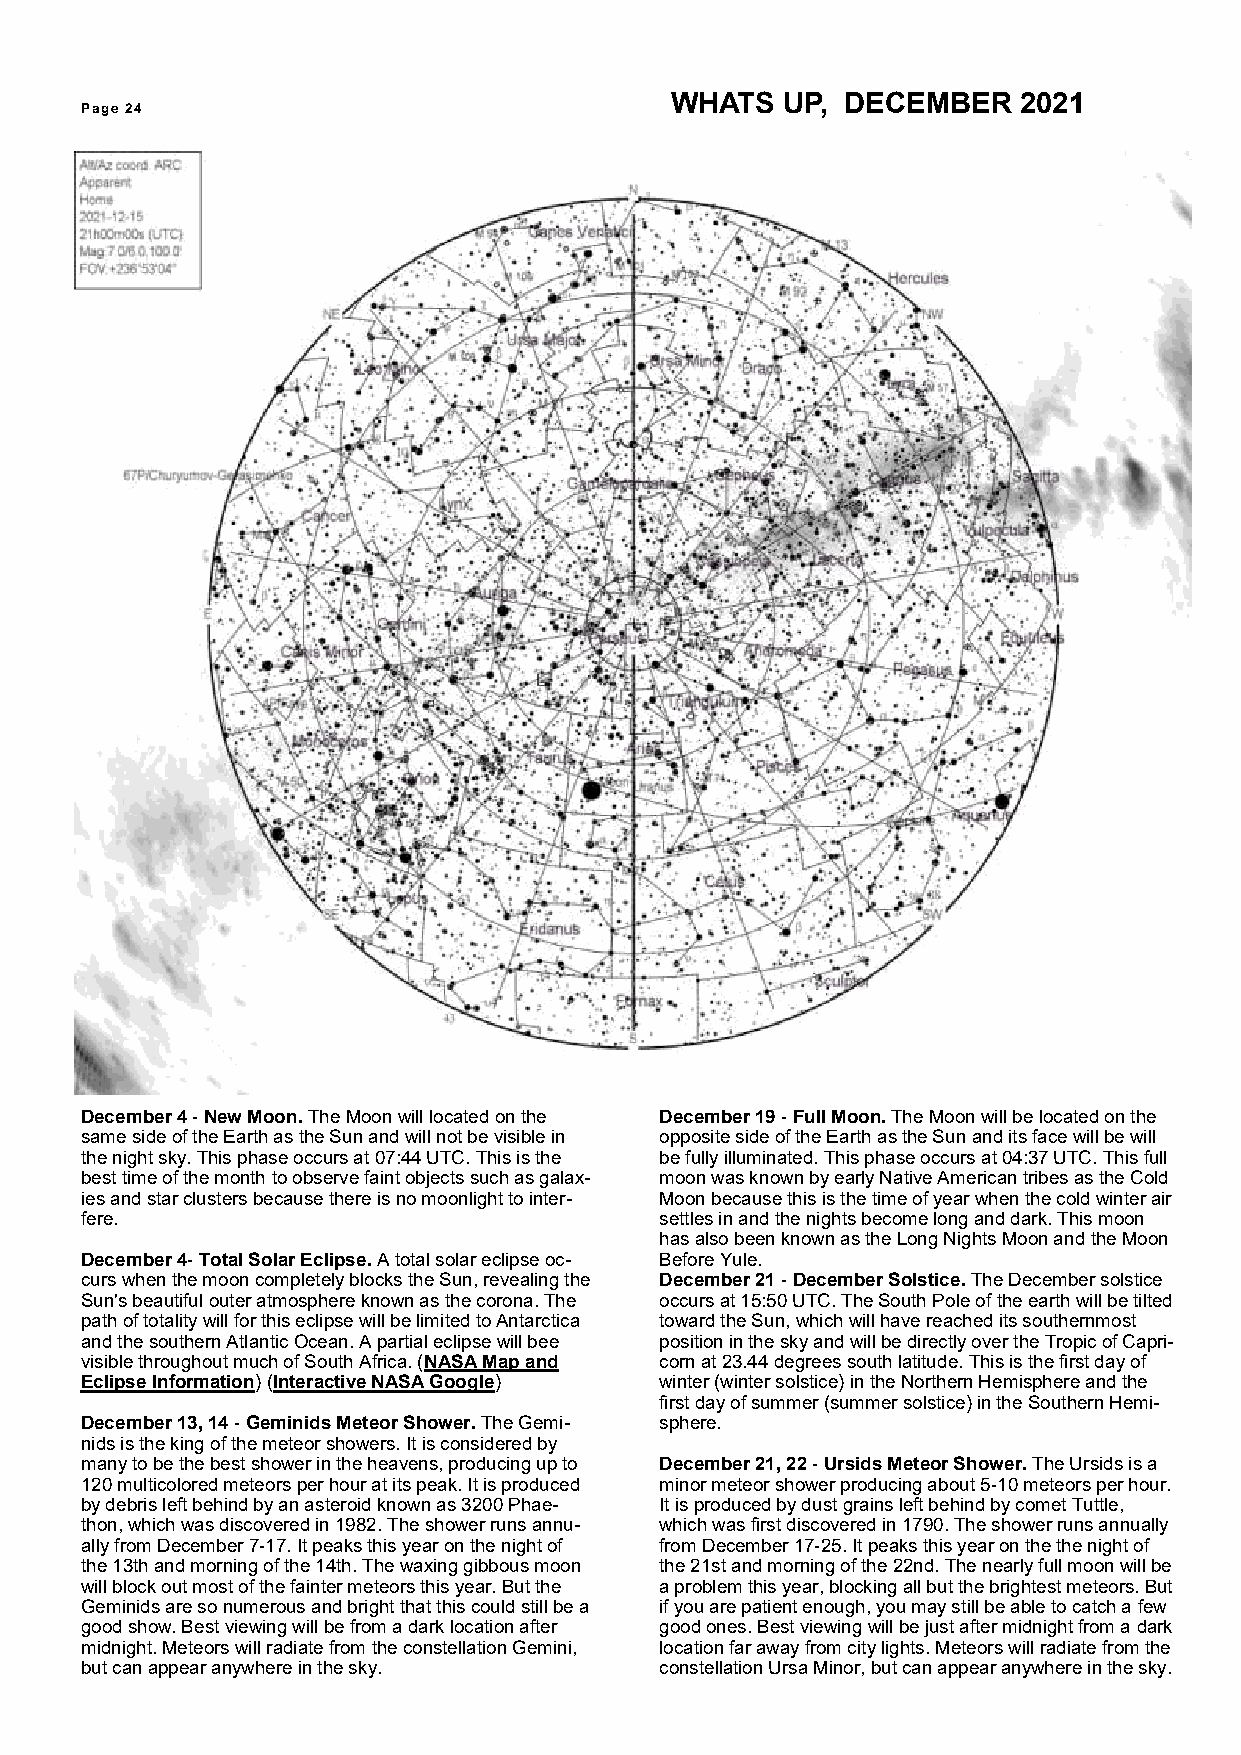
WHATS   UP, DECEMBER   2021
 Page 24
 December 4 - New Moon. The Moon will located on the December 19 - Full Moon. The Moon will be located on the
 same side of the Earth as the Sun and will not be visible in opposite side of the Earth as the Sun and its face will be will
 the night sky. This phase occurs at 07:44 UTC. This is the be fully illuminated. This phase occurs at 04:37 UTC. This full
 best time of the month to observe faint objects such as galax- moon was known by early Native American tribes as the Cold
 ies and star clusters because there is no moonlight to inter- Moon because this is the time of year when the cold winter air
 fere.                                  settles in and the nights become long and dark. This moon
 has also been known as the Long Nights Moon and the Moon
 December 4- Total Solar Eclipse. A total solar eclipse oc- Before Yule.
 curs when the moon completely blocks the Sun, revealing the December 21 - December Solstice. The December solstice
 Sun's beautiful outer atmosphere known as the corona. The occurs at 15:50 UTC. The South Pole of the earth will be tilted
 path of totality will for this eclipse will be limited to Antarctica toward the Sun, which will have reached its southernmost
 and the southern Atlantic Ocean. A partial eclipse will bee position in the sky and will be directly over the Tropic of Capri-
 visible throughout much of South Africa. (NASA Map and corn at 23.44 degrees south latitude. This is the first day of
 Eclipse Information) (Interactive NASA Google) winter (winter solstice) in the Northern Hemisphere and the
 first day of summer (summer solstice) in the Southern Hemi-
 December 13, 14 - Geminids Meteor Shower. The Gemi- sphere.
 nids is the king of the meteor showers. It is considered by
 many to be the best shower in the heavens, producing up to December 21, 22 - Ursids Meteor Shower. The Ursids is a
 120 multicolored meteors per hour at its peak. It is produced minor meteor shower producing about 5-10 meteors per hour.
 by debris left behind by an asteroid known as 3200 Phae- It is produced by dust grains left behind by comet Tuttle,
 thon, which was discovered in 1982. The shower runs annu- which was first discovered in 1790. The shower runs annually
 ally from December 7-17. It peaks this year on the night of from December 17-25. It peaks this year on the the night of
 the 13th and morning of the 14th. The waxing gibbous moon the 21st and morning of the 22nd. The nearly full moon will be
 will block out most of the fainter meteors this year. But the a problem this year, blocking all but the brightest meteors. But
 Geminids are so numerous and bright that this could still be a if you are patient enough, you may still be able to catch a few
 good show. Best viewing will be from a dark location after good ones. Best viewing will be just after midnight from a dark
 midnight. Meteors will radiate from the constellation Gemini, location far away from city lights. Meteors will radiate from the
 but can appear anywhere in the sky.    constellation Ursa Minor, but can appear anywhere in the sky.